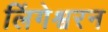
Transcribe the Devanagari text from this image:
लिंगेश्वरन